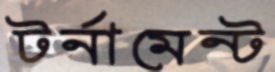
টর্নামেন্ট